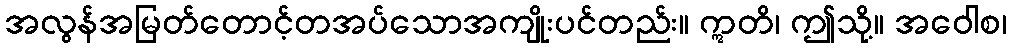
အလွန်အမြတ်တောင့်တအပ်သောအကျိုးပင်တည်း။ ဣတိ၊ ဤသို့။ အဝေါစ၊